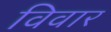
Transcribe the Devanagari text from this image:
विवार